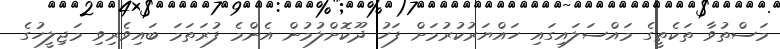
މަސްތުވާ ތަކެތީގެ މައްސަލައިގައި ހައްޔަރުކުރުމަށް ފަހު ދޫކޮށްލުމުން އެންމެ ފުރަތަމަ ބައިވެރިވި މަޖިލީހުގެ